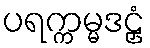
ပရက္ကမ္မဒဠှံ